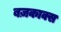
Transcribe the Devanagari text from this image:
बज़काक्स